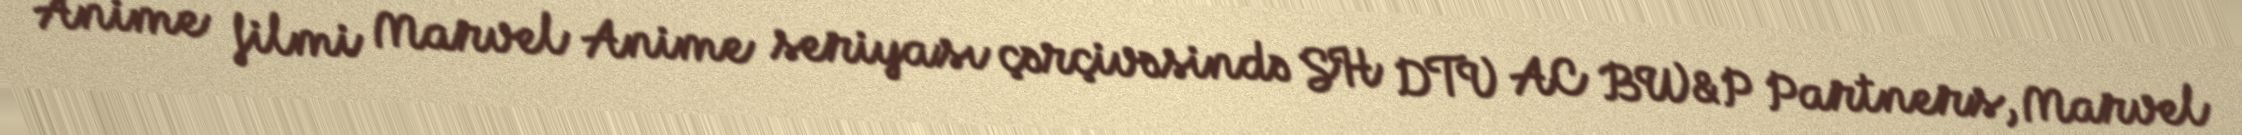
Anime filmi Marvel Anime seriyası çərçivəsində SH DTV AC BW&P Partners, Marvel